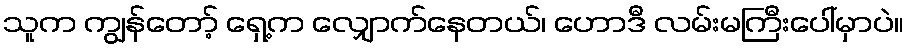
သူက ကျွန်တော့် ရှေ့က လျှောက်နေတယ်၊ ဟောဒီ လမ်းမကြီးပေါ်မှာပဲ။